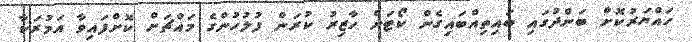
ހައްޔަރުކޮށް ބަންދުގައި ބައިތިއްބައިގެން ކޯޓަށް ހާޒިރު ކުރަން ފުލުހުންގެ މައްޗަށް ކޮށްފައިވާ އަމުރަކާ